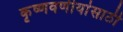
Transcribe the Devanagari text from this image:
कृष्णवर्णीयांसाठी